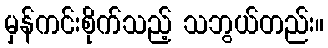
မှန်ကင်းစိုက်သည့် သဘွယ်တည်း။